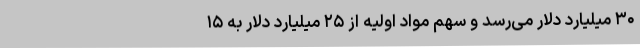
۳۰ میلیارد دلار می‌رسد و سهم مواد اولیه از ۲۵ میلیارد دلار به ۱۵